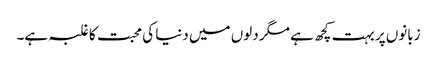
زبانوں پر بہت کچھ ہے مگر دلوں میں دنیا کی محبت کا غلبہ ہے۔